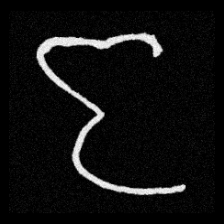
Pyu character \u2014 Myanmar letter: ဇ (romanized: ja)